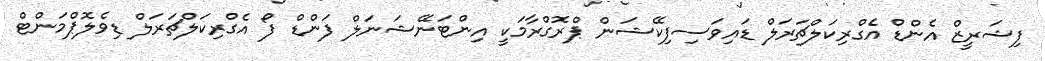
ފިޝަރީޒް އެންޑް އެގްރިކަލްޗަރަލް ޑައިވަސިފިކޭޝަން ޕްރޮގްރާމަކީ އިންޓަނޭޝަނަލް ފަންޑް ފޯ އެގްރިކަލްޗަރަލް ޑިވެލޮޕްމަންޓް